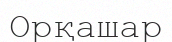
Орқашар